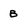
Character: B